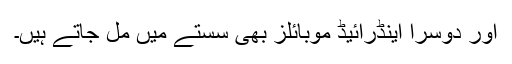
اور دوسرا اینڈرائیڈ موبائلز بھی سستے میں مل جاتے ہیں۔